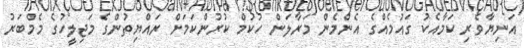
އަނިޔާވެރި ކަމާއެކު ގައުމެއްގެ އެންމެން މަރާލަން ހުކުމް ކުރުންކަމަށް ރައްޔިތުންގެ މަޖިލީހުގެ މެމްބަރު